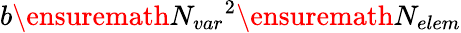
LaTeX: b\ensuremath{N_{var}}^{2}\ensuremath{N_{elem}}